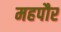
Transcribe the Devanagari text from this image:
महपौर